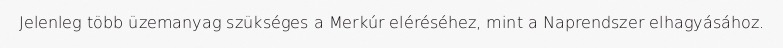
Jelenleg több üzemanyag szükséges a Merkúr eléréséhez, mint a Naprendszer elhagyásához.